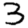
Digit: 3